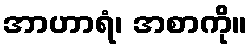
အာဟာရံ၊ အစာကို။